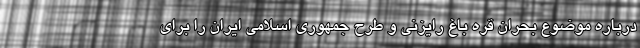
درباره موضوع بحران قره باغ رایزنی و طرح جمهوری اسلامی ایران را برای